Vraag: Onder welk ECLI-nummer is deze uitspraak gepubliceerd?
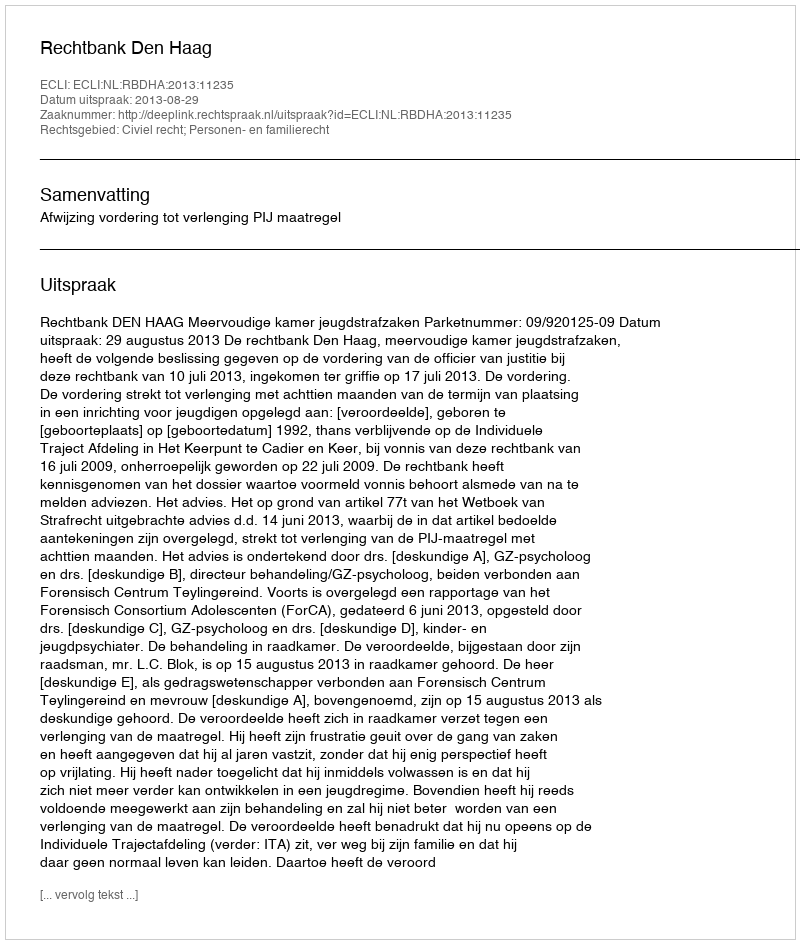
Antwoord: ECLI:NL:RBDHA:2013:11235